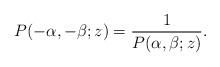
LaTeX: \begin{align*}P(-\alpha,-\beta;z)=\frac{1}{P(\alpha,\beta;z)}.\end{align*}